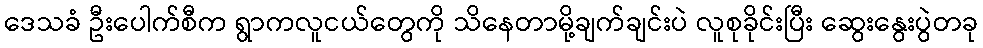
ဒေသခံ ဦးပေါက်စီက ရွာကလူငယ်တွေကို သိနေတာမို့ချက်ချင်းပဲ လူစုခိုင်းပြီး ဆွေးနွေးပွဲတခု